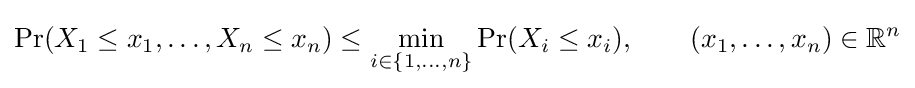
\Pr(X_{1}\leq x_{1},\ldots ,X_{n}\leq x_{n})\leq \min _{i\in \{1,\ldots ,n\}}\Pr(X_{i}\leq x_{i}),\qquad (x_{1},\ldots ,x_{n})\in {\mathbb {R} }^{n}